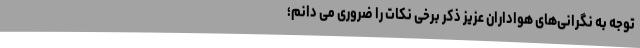
توجه به نگرانی‌های هواداران عزیز ذکر برخی نکات را ضروری می دانم؛